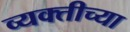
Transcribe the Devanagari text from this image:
व्‍यक्‍तीच्‍या